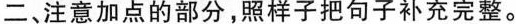
二、注意加点的部分，照样子把句子补充完整。